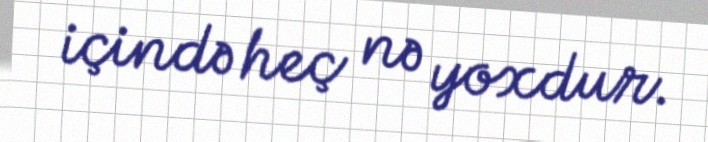
içində heç nə yoxdur.